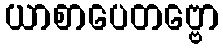
ယာစာပေတဗ္ဗော